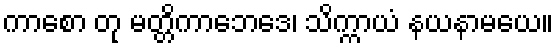
ကာစော တု မတ္တိကာဘေဒေ၊ သိက္ကာယံ နယနာမယေ။